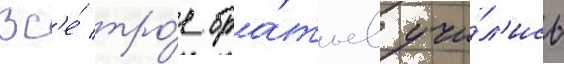
Вс'е́ тро́е бра́тьев учи́л'ись